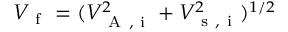
V _ { \mathrm { ~ f ~ } } = ( V _ { \mathrm { ~ A ~ , ~ i ~ } } ^ { 2 } + V _ { \mathrm { ~ s ~ , ~ i ~ } } ^ { 2 } ) ^ { 1 / 2 }